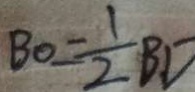
B O = \frac { 1 } { 2 } B D